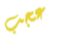
عجب